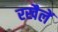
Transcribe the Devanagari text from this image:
रखैलें